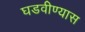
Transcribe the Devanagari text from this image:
घडवीण्यास